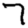
Digit: 7